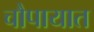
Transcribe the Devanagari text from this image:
चौपायात